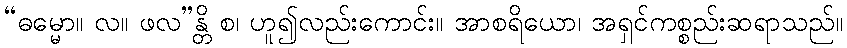
“ဓမ္မော။ လ။ ဖလ”န္တိ စ၊ ဟူ၍လည်းကောင်း။ အာစရိယော၊ အရှင်ကစ္စည်းဆရာသည်။